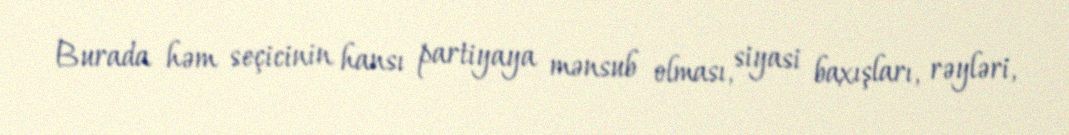
Burada həm seçicinin hansı partiyaya mənsub olması, siyasi baxışları, rəyləri,